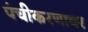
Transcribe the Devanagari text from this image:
पंचीकरणावर